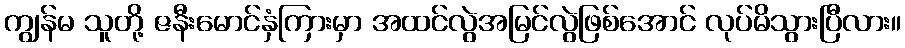
ကျွန်မ သူတို့ ဇနီးမောင်နှံကြားမှာ အထင်လွဲအမြင်လွဲဖြစ်အောင် လုပ်မိသွားပြီလား။